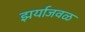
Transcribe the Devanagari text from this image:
झर्याजवळ